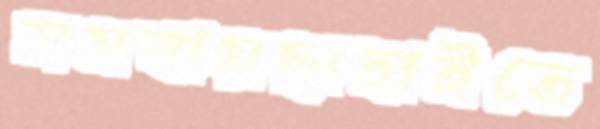
সমবায়ছাহাইতে